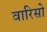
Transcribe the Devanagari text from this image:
वारिसो